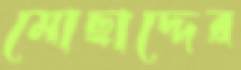
মোছাদ্দের